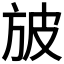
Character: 𣃣